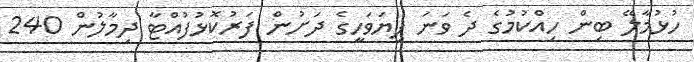
ހުޅުމާލޭ ބިން ހިއްކުމުގެ ދެ ވަނަ ފިޔަވަހީގެ ދަށުން ފަރުކޮޅުފުއްޓާ ދިމާލުން 240